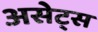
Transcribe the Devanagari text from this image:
असेट्स